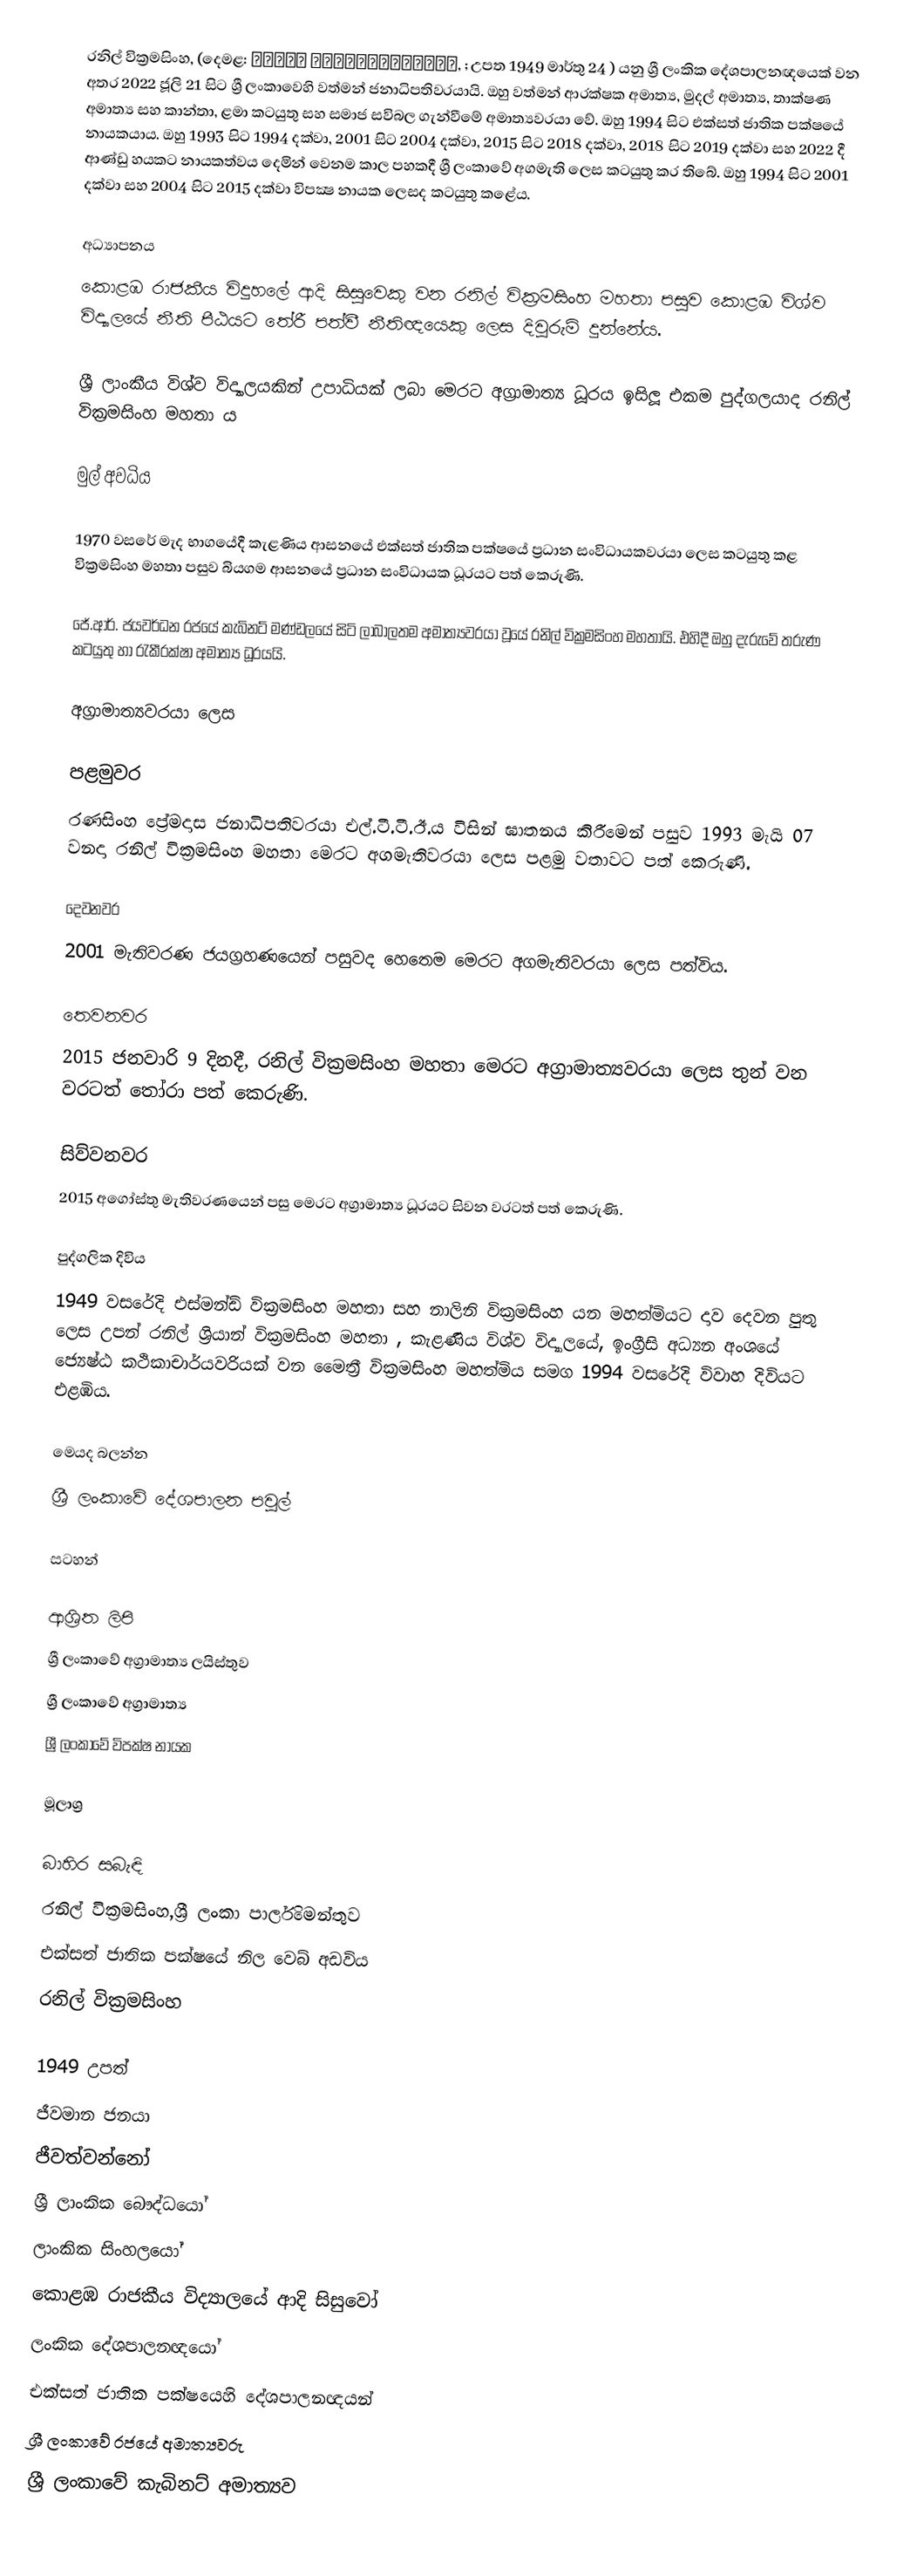
රනිල් වික්‍රමසිංහ, (දෙමළ: ரணில் விக்கிரமசிங்க, ; උපත 1949 මාර්තු 24 ) යනු ශ්‍රී ලංකික දේශපාලනඥයෙක් වන අතර 2022 ජූලි 21 සිට ශ්‍රී ලංකාවෙහි වත්මන් ජනාධිපතිවරයායි. ඔහු වත්මන් ආරක්ෂක අමාත්‍ය, මුදල් අමාත්‍ය, තාක්ෂණ අමාත්‍ය සහ කාන්තා, ළමා කටයුතු සහ සමාජ සවිබල ගැන්වීමේ අමාත්‍යවරයා වේ. ඔහු 1994 සිට එක්සත් ජාතික පක්ෂයේ නායකයාය. ඔහු 1993 සිට 1994 දක්වා, 2001 සිට 2004 දක්වා, 2015 සිට 2018 දක්වා, 2018 සිට 2019 දක්වා සහ 2022 දී ආණ්ඩු හයකට නායකත්වය දෙමින් වෙනම කාල පහකදී ශ්‍රී ලංකාවේ අගමැති ලෙස කටයුතු කර තිබේ. ඔහු 1994 සිට 2001 දක්වා සහ 2004 සිට 2015 දක්වා  විපක්‍ෂ නායක ලෙසද කටයුතු කළේය.

අධ්‍යාපනය
කොළඹ රාජකීය විදුහලේ ආදි සිසුවෙකු වන රනිල් වික්‍රමසිංහ මහතා පසුව කොළඹ විශ්ව විද්‍යාලයේ නීති පීඨයට තේරී පත්වී නීතිඥයෙකු ලෙස දිවුරුම් දුන්නේය.

ශ්‍රී ලාංකීය විශ්ව විද්‍යාලයකින් උපාධියක් ලබා මෙරට අග්‍රාමාත්‍ය ධූරය ඉසිලූ එකම පුද්ගලයාද රනිල් වික්‍රමසිංහ මහතා ය

මුල් අවධිය

1970 වසරේ මැද භාගයේදී කැළණිය ආසනයේ එක්සත් ජාතික පක්ෂයේ ප්‍රධාන සංවිධායකවරයා ලෙස කටයුතු කළ වික්‍රමසිංහ මහතා පසුව බියගම ආසනයේ ප්‍රධාන සංවිධායක ධූරයට පත් කෙරුණි.

ජේ.ආර්. ජයවර්ධන රජයේ කැබිනට් මණ්ඩලයේ සිටි ලාබාලතම අමාත්‍යවරයා වූයේ රනිල් වික්‍රමසිංහ මහතායි. එහිදී ඔහු දැරුවේ තරුණ කටයුතු හා රැකීරක්ෂා අමාත්‍ය ධූරයයි.

අග්‍රාමාත්‍යවරයා ලෙස

පළමුවර
රණසිංහ ප්‍රේමදාස ජනාධිපතිවරයා එල්.ටී.ටී.ඊ.ය විසින් ඝාතනය කිරීමෙන් පසුව 1993 මැයි 07 වනදා රනිල් වික්‍රමසිංහ මහතා මෙරට අගමැතිවරයා ලෙස පළමු වතාවට පත් කෙරුණි.

දෙවනවර
2001 මැතිවරණ ජයග්‍රහණයෙන් පසුවද හෙතෙම මෙරට අගමැතිවරයා ලෙස පත්විය.

තෙවනවර
2015 ජනවාරි 9 දිනදී, රනිල් වික්‍රමසිංහ මහතා මෙරට අග්‍රාමාත්‍යවරයා ලෙස තුන් වන වරටත් තෝරා පත් කෙරුණි.

සිව්වනවර
2015 අගෝස්තු මැතිවරණයෙන් පසු මෙරට අග්‍රාමාත්‍ය ධූරයට සිවන වරටත් පත් කෙරුණි.

පුද්ගලික දිවිය
1949 වසරේදි එස්මන්ඩ් වික්‍රමසිංහ මහතා සහ නාලිනි වික්‍රමසිංහ යන මහත්මියට දාව දෙවන පුතු ලෙස උපන් රනිල් ශ්‍රියාන් වික්‍රමසිංහ මහතා , කැළණිය විශ්ව විද්‍යාලයේ, ඉංග්‍රීසි අධ්‍යන අංශයේ ජ්‍යෙෂ්ඨ කථිකාචාර්යවරියක් වන මෛත්‍රී වික්‍රමසිංහ මහත්මිය සමග 1994 වසරේදි  විවාහ දිවියට එළඹිය.

මෙයද බලන්න
 ශ්‍රී ලංකාවේ දේශපාලන පවුල්

සටහන්

ආශ්‍රිත ලිපි
 ශ්‍රී ලංකාවේ අග්‍රාමාත්‍ය ලයිස්තුව
 ශ්‍රී ලංකාවේ අග්‍රාමාත්‍ය
 ශ්‍රී ලංකාවේ විපක්ෂ නායක

මූලාශ්‍ර

බාහිර සබැඳි
 රනිල් වික්‍රමසිංහ,ශ්‍රී ලංකා පාර්ලිමෙන්තුව
 එක්සත් ජාතික පක්ෂයේ නිල වෙබ් අඩවිය
 රනිල් වික්‍රමසිංහ

1949 උපත්
ජීවමාන ජනයා
ජීවත්වන්නෝ
ශ්‍රී ලාංකික බෞද්ධයෝ
ලාංකික සිංහලයෝ
කොළඹ රාජකීය විද්‍යාලයේ ආදි සිසුවෝ
ලංකික දේශපාලනඥයෝ
එක්සත් ජාතික පක්ෂයෙහි දේශපාලනඥයන්
ශ්‍රී ලංකාවේ රජයේ අමාත්‍යවරු
ශ්‍රී ලංකාවේ කැබිනට් අමාත්‍යව